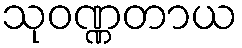
သုဝဏ္ဏတာယ